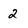
Character: 2